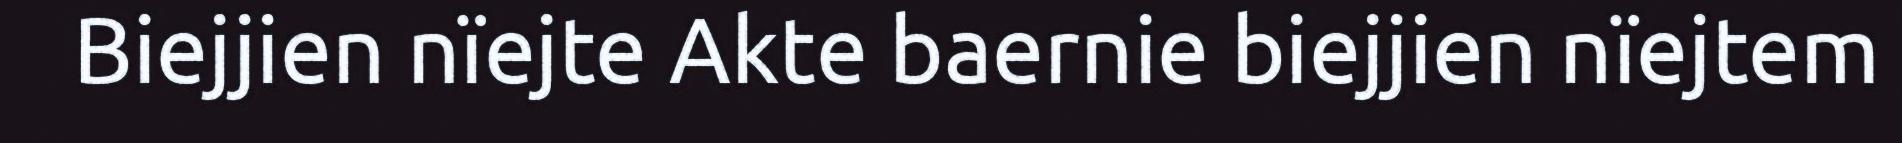
Biejjien nïejte Akte baernie biejjien nïejtem